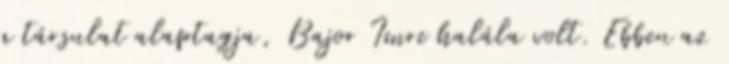
a társulat alaptagja, Bajor Imre halála volt. Ebben az